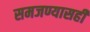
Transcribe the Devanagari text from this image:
समजण्यासही